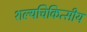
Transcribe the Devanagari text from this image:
शल्यचिकित्सीय